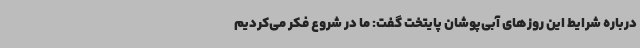
درباره شرایط این روزهای آبی‌پوشان پایتخت گفت: ما در شروع فکر می‌کردیم